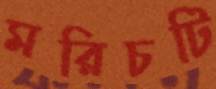
মরিচটি